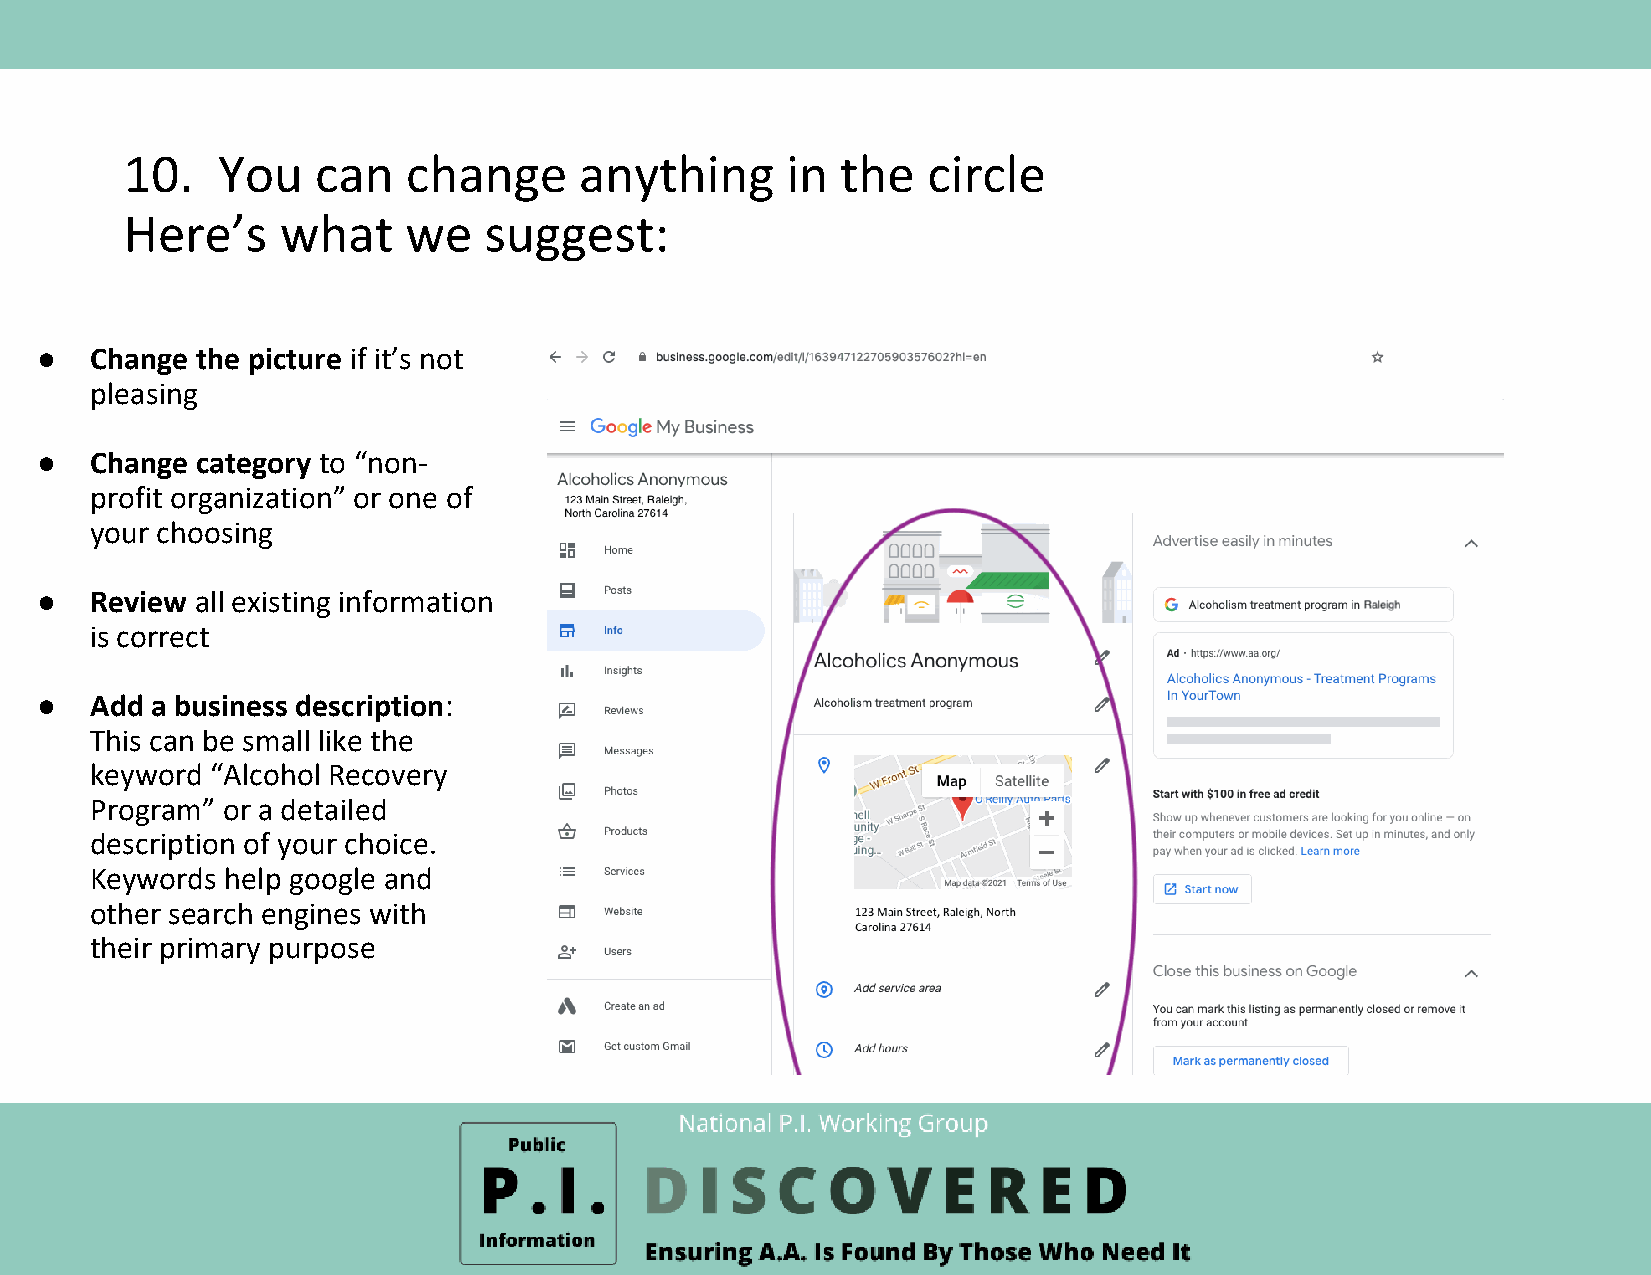
10.   You    can   change     anything      in  the  circle
 Here’s     what    we   suggest:
 ●   Change the picture if it’s not
 pleasing
 ●   Change category to “non-
 profit organization” or one of
 your choosing
 ●   Review all existing information
 is correct
 ●   Add a business description:
 This can be small like the
 keyword “Alcohol Recovery
 Program” or a detailed
 description of your choice.
 Keywords help google and
 other search engines with
 their primary purpose